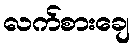
လက်စားချေ